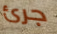
جرئ